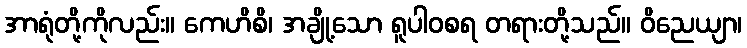
အာရုံတို့ကိုလည်း။ ကေဟိစိ၊ အချို့သော ရူပါဝစရ တရားတို့သည်။ ဝိညေယျာ၊